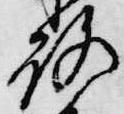
路